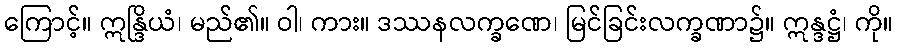
ကြောင့်။ ဣန္ဒြိယံ၊ မည်၏။ ဝါ၊ ကား။ ဒဿနလက္ခဏေ၊ မြင်ခြင်းလက္ခဏာ၌။ ဣန္ဒဋ္ဌံ၊ ကို။